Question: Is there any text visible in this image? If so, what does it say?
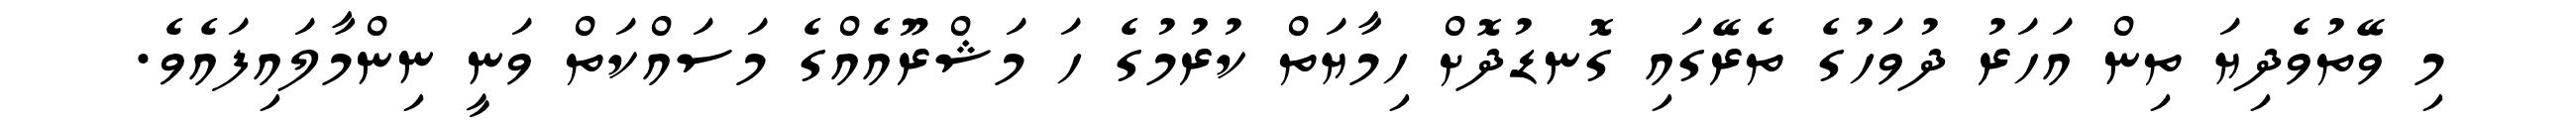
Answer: މި ވޭތުވެދިޔަ ތިން އަހަރު ދުވަހުގެ ތެރޭގައި ގޮނޑުދޮށް ހިމާޔަތް ކުރުމުގެ ހަ މަޝްރޫއެއްގެ މަސައްކަތް ވަނީ ނިންމާލައިފައެވެ.